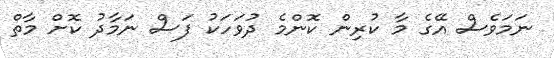
ނަމަވެސް އޭގެ މާ ކުރިން ކޮންމެ ދުވަހަކު ފަސް ނަމާދު ކޮށް މާތް